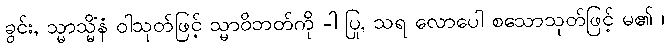
ခွင်း, သ္မာသ္မိံနံ ဝါသုတ်ဖြင့် သ္မာဝိဘတ်ကို -ါ ပြု, သရ လောပေါ စသောသုတ်ဖြင့် မ၏ ၊